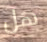
هل